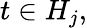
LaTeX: t\in H_{j},